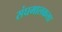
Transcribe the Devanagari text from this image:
संघमालकला